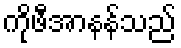
ကိုဖီအာနန်သည်